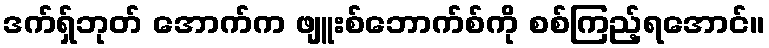
ဒက်ရှ်ဘုတ် အောက်က ဖျူးစ်ဘောက်စ်ကို စစ်ကြည့်ရအောင်။